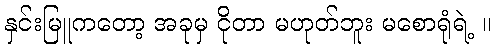
နှင်းမြူကတော့ အခုမှ ငိုတာ မဟုတ်ဘူး မစောရုံရဲ့ ။